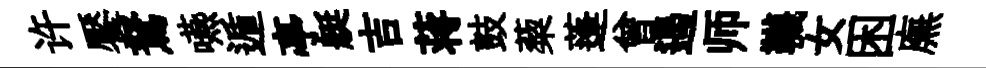
许饜駑嚥遁亭艇吉蒋鼓蔾蓬曾遏师韈女困廡